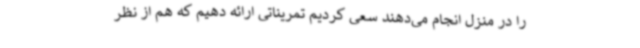
را در منزل انجام می‌دهند سعی کردیم تمریناتی ارائه دهیم که هم از نظر